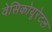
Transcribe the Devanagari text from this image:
वेसिकोयूरेटल